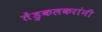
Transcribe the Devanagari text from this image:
तेंडुकलकरांनी